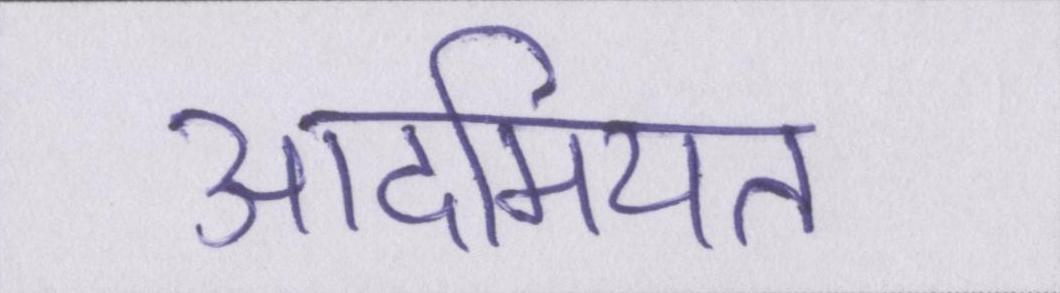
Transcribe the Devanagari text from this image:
आदमियत